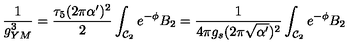
\frac { 1 } { g _ { Y M } ^ { 3 } } = \frac { \tau _ { 5 } ( 2 \pi \alpha ^ { \prime } ) ^ { 2 } } { 2 } \int _ { { \cal { C } } _ { 2 } } { e } ^ { - \phi } B _ { 2 } = \frac { 1 } { 4 \pi g _ { s } ( 2 \pi \sqrt { \alpha ^ { \prime } } ) ^ { 2 } } \int _ { { \cal { C } } _ { 2 } } { e } ^ { - \phi } B _ { 2 }